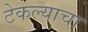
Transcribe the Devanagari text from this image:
टेकल्याचा